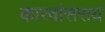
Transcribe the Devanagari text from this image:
कारवांसराय